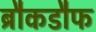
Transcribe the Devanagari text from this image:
ब्रौकडौफ